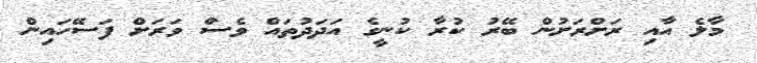
މާލެ އާއި ރަށްރަށުން ބޭރު ކުރާ ކުނީގެ އަދަދުތައް ވެސް ވަރަށް ފަސޭހައިން